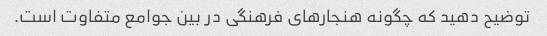
توضیح دهید که چگونه هنجارهای فرهنگی در بین جوامع متفاوت است.